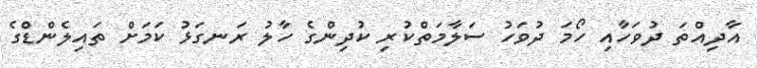
އާދިއްތަ ދުވަހާއި ހޯމަ ދުވަހު ސަލާމަތްކުރި ކުދިންގެ ހާލު ރަނގަޅު ކަމަށް ތައިލެންޑްގެ